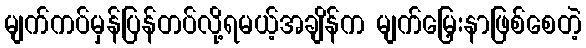
မျက်ကပ်မှန်ပြန်တပ်လို့ရမယ့်အချိန်က မျက်မြှေးနာဖြစ်စေတဲ့